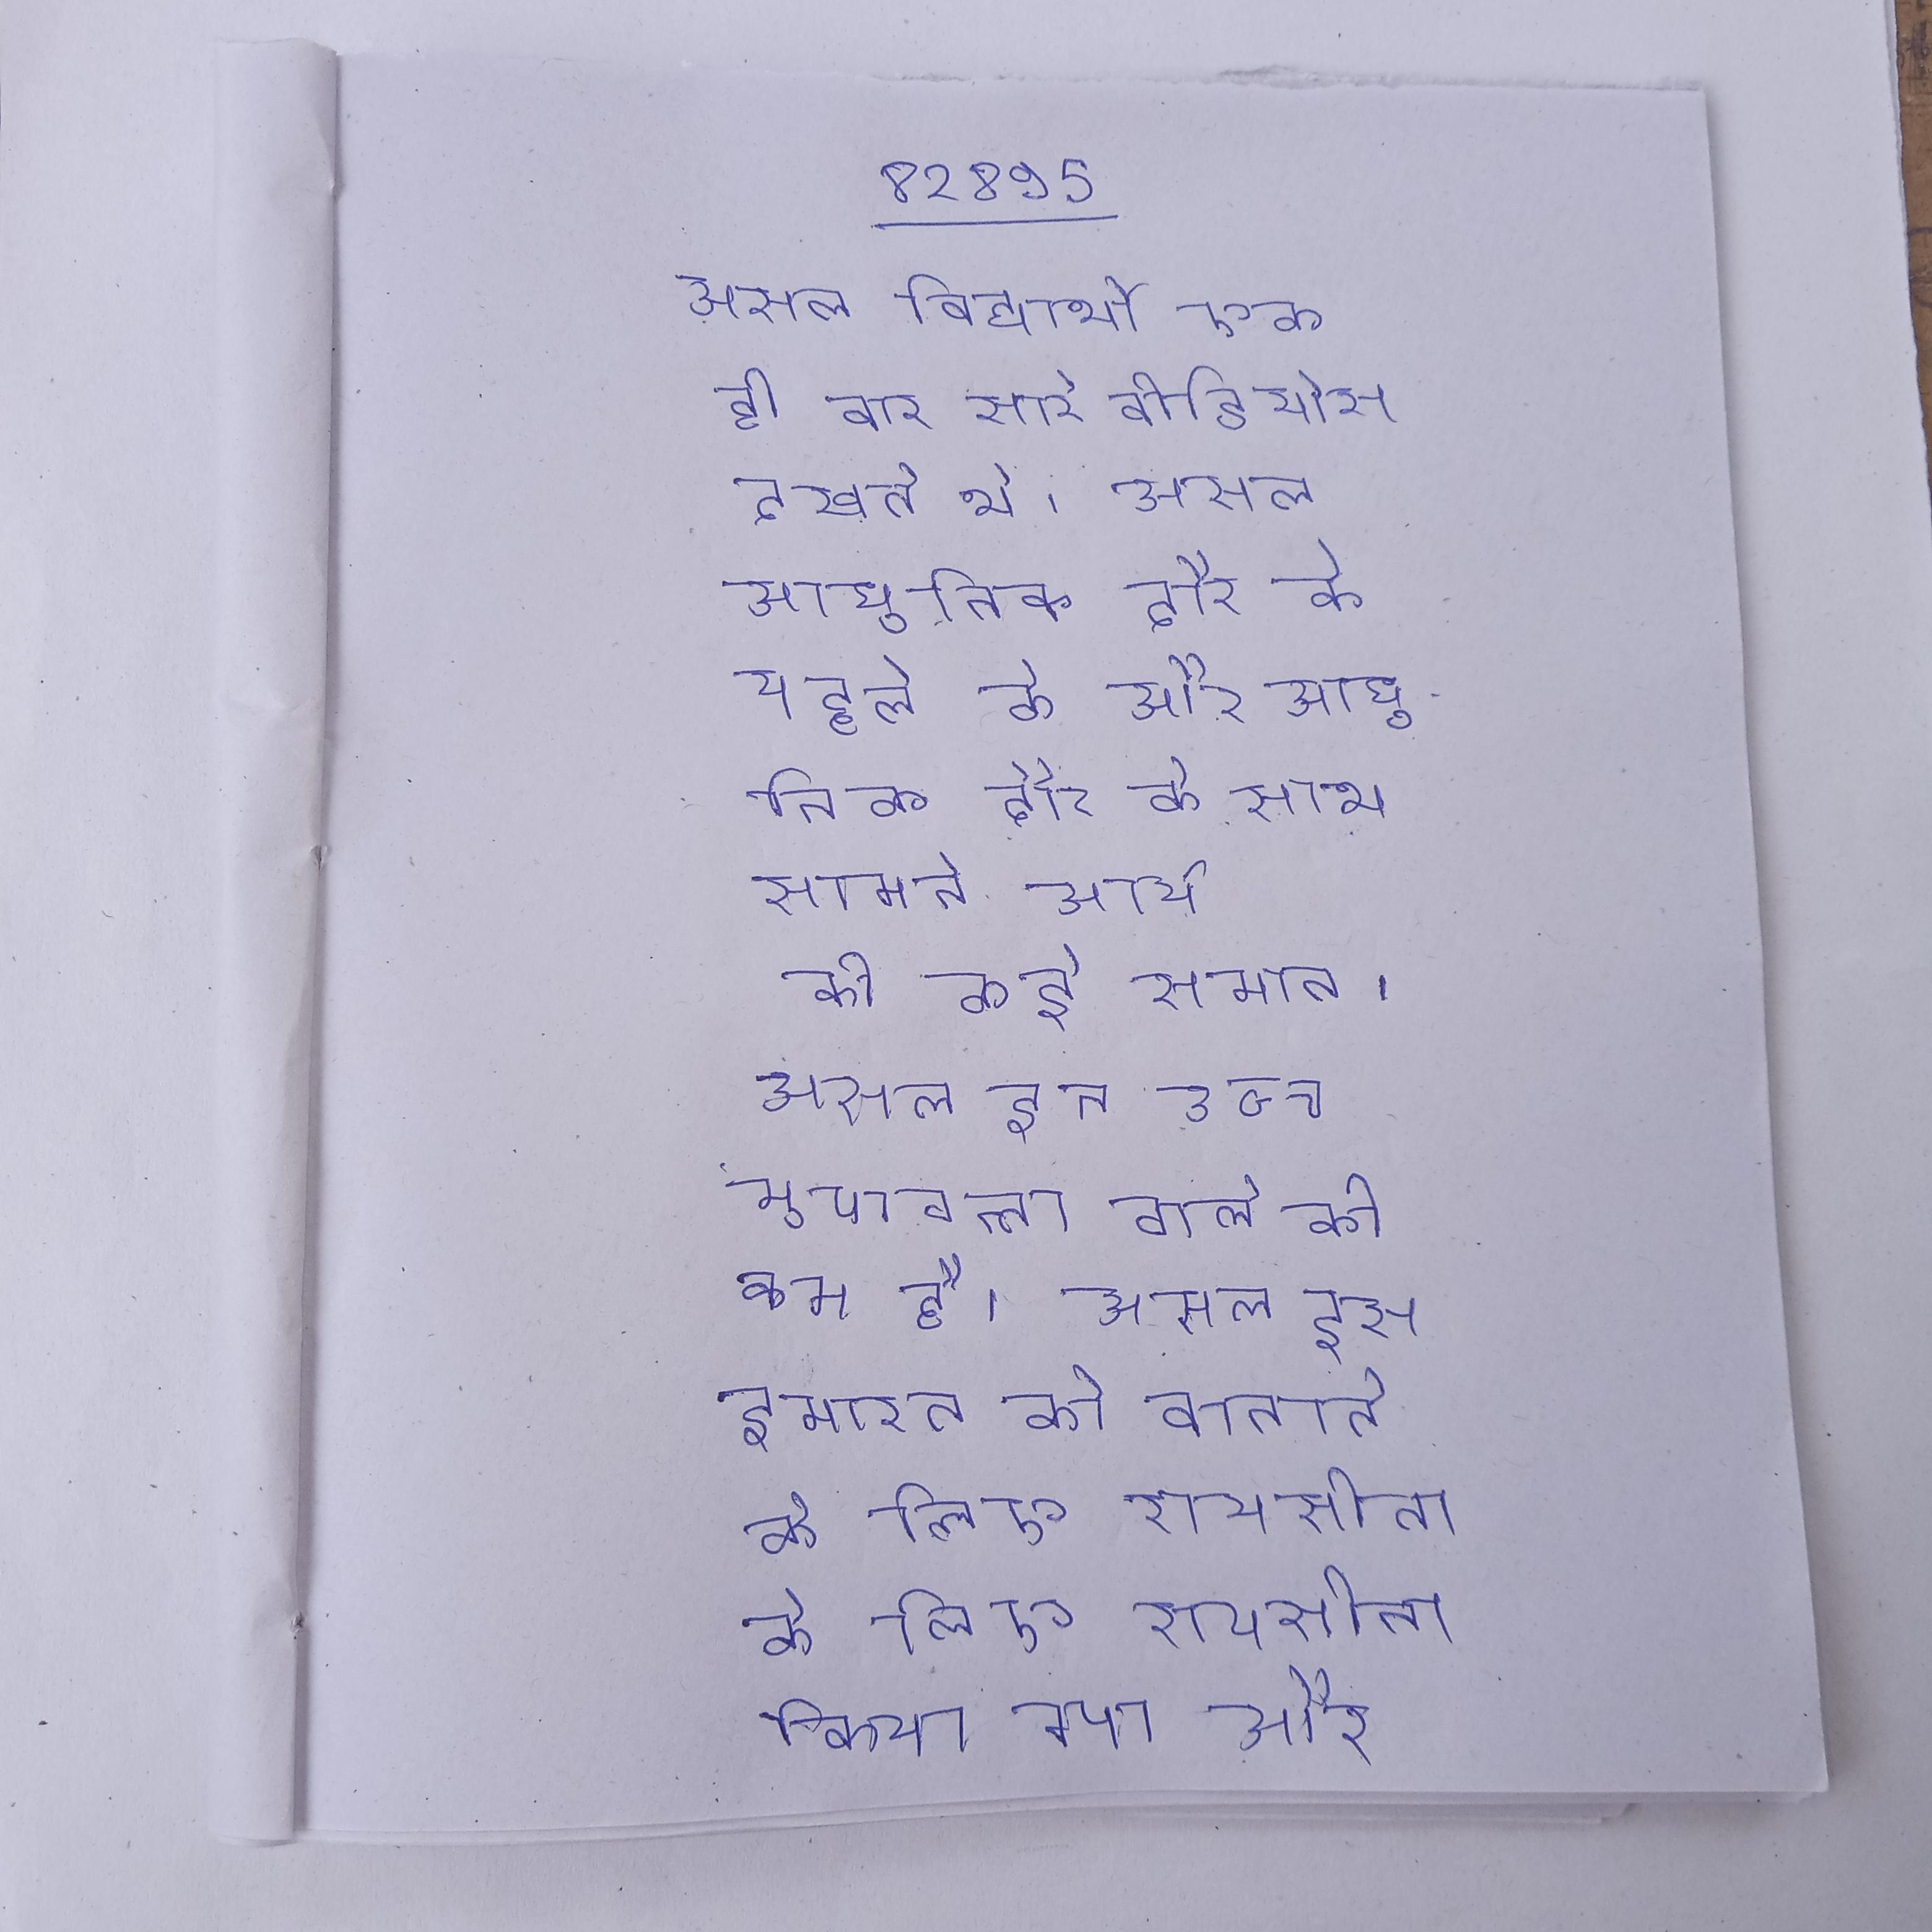
असल विद्यार्थी एक ही बार सारे वीडियोस देखते थे । असल आधुनिक दौर के पहले के और आधुनिक दौर के साथ सामने आये की कई समान । असल इन उच्च गुणवत्ता वाले की कम है । असल इस इमारत को बनाने के लिए रायसीना के की का अधिग्रहण किया गया और करीब जमीन पर इमारत बनाई गई ।